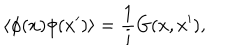
LaTeX: \langle \phi ( x ) \phi ( x ^ { \prime } ) \rangle = { \frac { 1 } { i } } G ( x , x ^ { \prime } ) ,